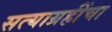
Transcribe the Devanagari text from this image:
सत्याग्रहींचा